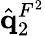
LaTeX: \hat{\mathbf{q}}_{2}^{F^{2}}